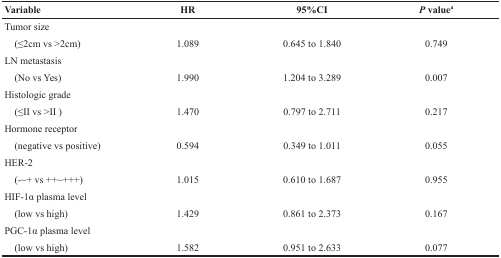
<table><thead><tr><td><b>Variable</b></td><td><b>HR</b></td><td><b>95%CI</b></td><td><b><i>P</i> value<sup>a</sup></b></td></tr></thead><tbody><tr><td>Tumor size</td><td></td><td></td><td></td></tr><tr><td> (≤2cm vs &gt;2cm)</td><td>1.089</td><td>0.645 to 1.840</td><td>0.749</td></tr><tr><td>LN metastasis</td><td></td><td></td><td></td></tr><tr><td> (No vs Yes)</td><td>1.990</td><td>1.204 to 3.289</td><td>0.007</td></tr><tr><td>Histologic grade</td><td></td><td></td><td></td></tr><tr><td> (≤II vs &gt;II)</td><td>1.470</td><td>0.797 to 2.711</td><td>0.217</td></tr><tr><td>Hormone receptor</td><td></td><td></td><td></td></tr><tr><td> (negative vs positive)</td><td>0.594</td><td>0.349 to 1.011</td><td>0.055</td></tr><tr><td>HER-2</td><td></td><td></td><td></td></tr><tr><td> (−~+ vs ++~+++)</td><td>1.015</td><td>0.610 to 1.687</td><td>0.955</td></tr><tr><td>HIF-1α plasma level</td><td></td><td></td><td></td></tr><tr><td> (low vs high)</td><td>1.429</td><td>0.861 to 2.373</td><td>0.167</td></tr><tr><td>PGC-1α plasma level</td><td></td><td></td><td></td></tr><tr><td> (low vs high)</td><td>1.582</td><td>0.951 to 2.633</td><td>0.077</td></tr></tbody></table>